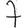
Digit: 7